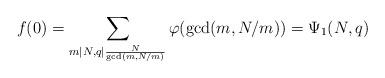
LaTeX: \begin{align*}f(0) = \sum_{m\mid N, q\mid \frac{N}{\gcd(m, N/m)}} \varphi(\gcd(m, N/m))=\Psi_1(N, q)\end{align*}